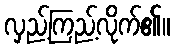
လှည့်ကြည့်လိုက်၏။